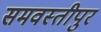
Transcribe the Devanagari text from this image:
समवस्तीपुर